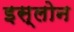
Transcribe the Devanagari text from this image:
इस्लोन